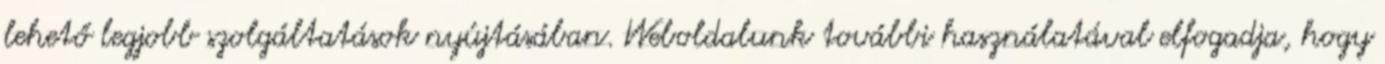
lehető legjobb szolgáltatások nyújtásában. Weboldalunk további használatával elfogadja, hogy